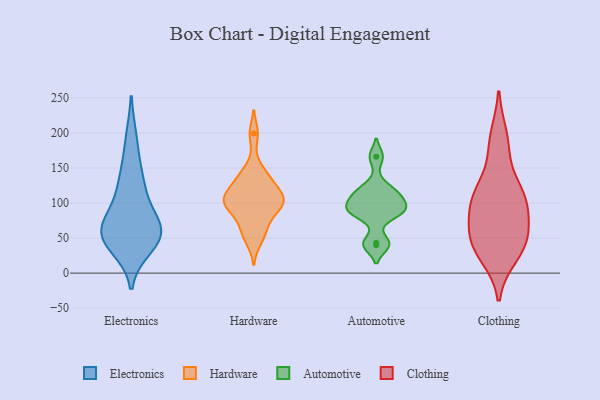
{"axis": {"x": "Satisfaction Score", "y": "Value"}, "legend": ["Automotive", "Clothing", "Electronics", "Hardware"], "data": [{"x": "", "y": 39, "type": "Electronics"}, {"x": "", "y": 66, "type": "Electronics"}, {"x": "", "y": 56, "type": "Electronics"}, {"x": "", "y": 60, "type": "Electronics"}, {"x": "", "y": 191, "type": "Electronics"}, {"x": "", "y": 123, "type": "Electronics"}, {"x": "", "y": 143, "type": "Electronics"}, {"x": "", "y": 59, "type": "Electronics"}, {"x": "", "y": 104, "type": "Electronics"}, {"x": "", "y": 55, "type": "Electronics"}, {"x": "", "y": 55, "type": "Electronics"}, {"x": "", "y": 148, "type": "Hardware"}, {"x": "", "y": 109, "type": "Hardware"}, {"x": "", "y": 99, "type": "Hardware"}, {"x": "", "y": 110, "type": "Hardware"}, {"x": "", "y": 98, "type": "Hardware"}, {"x": "", "y": 121, "type": "Hardware"}, {"x": "", "y": 138, "type": "Hardware"}, {"x": "", "y": 105, "type": "Hardware"}, {"x": "", "y": 199, "type": "Hardware"}, {"x": "", "y": 90, "type": "Hardware"}, {"x": "", "y": 66, "type": "Hardware"}, {"x": "", "y": 62, "type": "Hardware"}, {"x": "", "y": 89, "type": "Hardware"}, {"x": "", "y": 127, "type": "Hardware"}, {"x": "", "y": 45, "type": "Hardware"}, {"x": "", "y": 123, "type": "Automotive"}, {"x": "", "y": 85, "type": "Automotive"}, {"x": "", "y": 97, "type": "Automotive"}, {"x": "", "y": 86, "type": "Automotive"}, {"x": "", "y": 40, "type": "Automotive"}, {"x": "", "y": 43, "type": "Automotive"}, {"x": "", "y": 111, "type": "Automotive"}, {"x": "", "y": 90, "type": "Automotive"}, {"x": "", "y": 109, "type": "Automotive"}, {"x": "", "y": 166, "type": "Automotive"}, {"x": "", "y": 177, "type": "Clothing"}, {"x": "", "y": 49, "type": "Clothing"}, {"x": "", "y": 93, "type": "Clothing"}, {"x": "", "y": 55, "type": "Clothing"}, {"x": "", "y": 99, "type": "Clothing"}, {"x": "", "y": 25, "type": "Clothing"}, {"x": "", "y": 116, "type": "Clothing"}, {"x": "", "y": 39, "type": "Clothing"}, {"x": "", "y": 113, "type": "Clothing"}, {"x": "", "y": 69, "type": "Clothing"}, {"x": "", "y": 114, "type": "Clothing"}, {"x": "", "y": 195, "type": "Clothing"}, {"x": "", "y": 36, "type": "Clothing"}]}